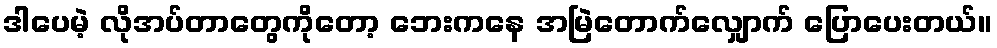
ဒါပေမဲ့ လိုအပ်တာတွေကိုတော့ ဘေးကနေ အမြဲတောက်လျှောက် ပြောပေးတယ်။